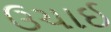
ઉચાઈ